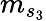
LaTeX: m_{s_{3}}